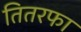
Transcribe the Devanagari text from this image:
तितरफा